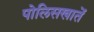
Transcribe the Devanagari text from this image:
पोलिसखातें